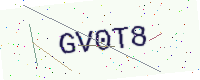
Text: GV0T8